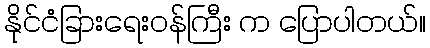
နိုင်ငံခြားရေးဝန်ကြီး က ပြောပါတယ်။